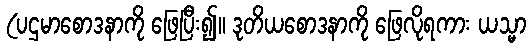
(ပဌမာစောဒနာကို ဖြေပြီး၍။ ဒုတိယစောဒနာကို ဖြေလိုရကား ယသ္မာ